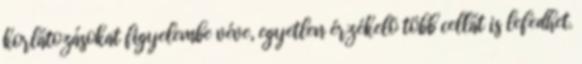
korlátozásokat figyelembe véve, egyetlen érzékelõ több cellát is lefedhet.